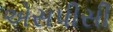
એસપીસી